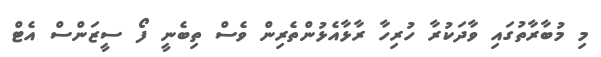
މި މުބާރާތުގައި ވާދަކުރާ ހުރިހާ ރާޅާއެޅުންތެރިން ވެސް ތިބެނީ ފޯ ސީޒަންސް އެޓް